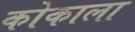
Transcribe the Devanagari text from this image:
कोकाला